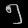
Digit: ၅